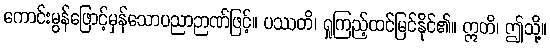
ကောင်းမွန်ဖြောင့်မှန်သောပညာဉာဏ်ဖြင့်။ ပဿတိ၊ ရှုကြည့်ထင်မြင်နိုင်၏။ ဣတိ၊ ဤသို့။